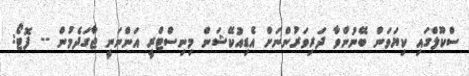
ސްކޫލްގައި ކިޔަވަން ބޭނުންވާ ދަރިވަރުންނަށް އެޑިއުކޭޝަން މިނިސްޓްރީ އަންނަނީ ޖާގަދެމުން -- ފޮޓޯ: